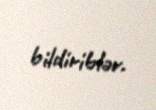
bildiriblər.